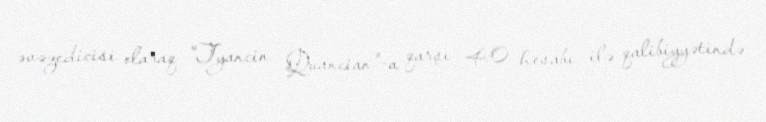
əvəzedicisi olaraq "Tyancin Quancian"-a qarşı 4:0 hesabı ilə qalibiyyətində